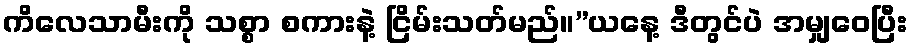
ကိလေသာမီးကို သစ္စာ စကားနဲ့ ငြိမ်းသတ်မည်။”ယနေ့ ဒီတွင်ပဲ အမျှဝေပြီး